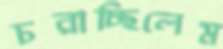
চরাচ্ছিলেম